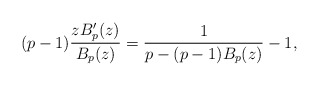
\begin{align*}(p-1) \frac{z B_p'(z)}{B_p(z)} = \frac1{p-(p-1)B_p(z)} -1,\end{align*}